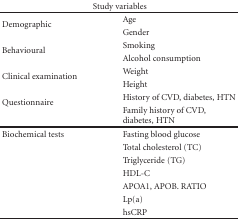
<table><thead><tr><td colspan="2"><b>Study variables</b></td></tr></thead><tbody><tr><td rowspan="2">Demographic</td><td>Age</td></tr><tr><td>Gender</td></tr><tr><td rowspan="2">Behavioural</td><td>Smoking</td></tr><tr><td>Alcohol consumption</td></tr><tr><td rowspan="2">Clinical examination</td><td>Weight</td></tr><tr><td>Height</td></tr><tr><td rowspan="2">Questionnaire</td><td>History of CVD, diabetes, HTN</td></tr><tr><td>Family history of CVD, diabetes, HTN </td></tr><tr><td>Biochemical tests</td><td>Fasting blood glucose</td></tr><tr><td></td><td>Total cholesterol (TC)</td></tr><tr><td></td><td>Triglyceride (TG)</td></tr><tr><td></td><td>HDL-C</td></tr><tr><td></td><td>APOA1, APOB. RATIO</td></tr><tr><td></td><td>Lp(a)</td></tr><tr><td></td><td>hsCRP</td></tr></tbody></table>